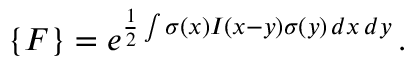
\{ F \} = e ^ { \frac 1 2 \int \sigma ( x ) I ( x - y ) \sigma ( y ) \, d x \, d y } \, .